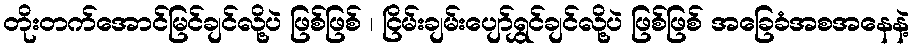
တိုးတက်အောင်မြင်ချင်လို့ပဲ ဖြစ်ဖြစ် ၊ ငြိမ်းချမ်းပျော်ရွှင်ချင်လို့ပဲ ဖြစ်ဖြစ် အခြေခံအစအနေနဲ့